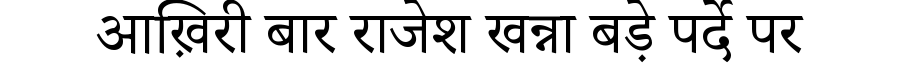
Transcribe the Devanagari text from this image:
आख़िरी बार राजेश खन्ना बड़े पर्दे पर